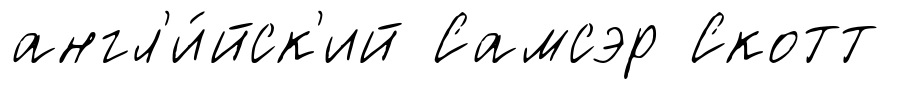
англ'и́йск'ий Самсэр Скотт